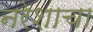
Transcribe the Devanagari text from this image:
नरेशाचा